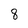
Character: 8